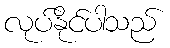
လုပ်နိုင်ပါသည်